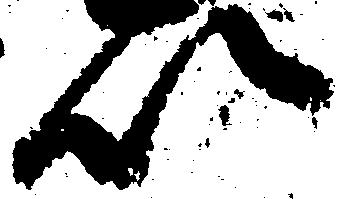
以